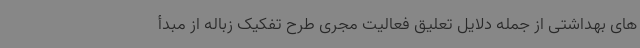
های بهداشتی از جمله دلایل تعلیق فعالیت مجری طرح تفکیک زباله از مبدأ